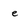
Character: e